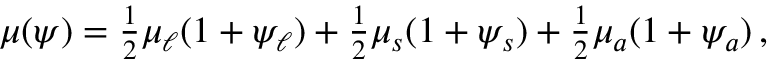
\begin{array} { r } { \mu ( \psi ) = \frac 1 2 \mu _ { \ell } ( 1 + \psi _ { \ell } ) + \frac 1 2 \mu _ { s } ( 1 + \psi _ { s } ) + \frac 1 2 \mu _ { a } ( 1 + \psi _ { a } ) \, , } \end{array}